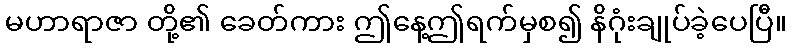
မဟာရာဇာ တို့၏ ခေတ်ကား ဤနေ့ဤရက်မှစ၍ နိဂုံးချုပ်ခဲ့ပေပြီ။